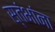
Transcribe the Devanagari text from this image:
स्तंभांना